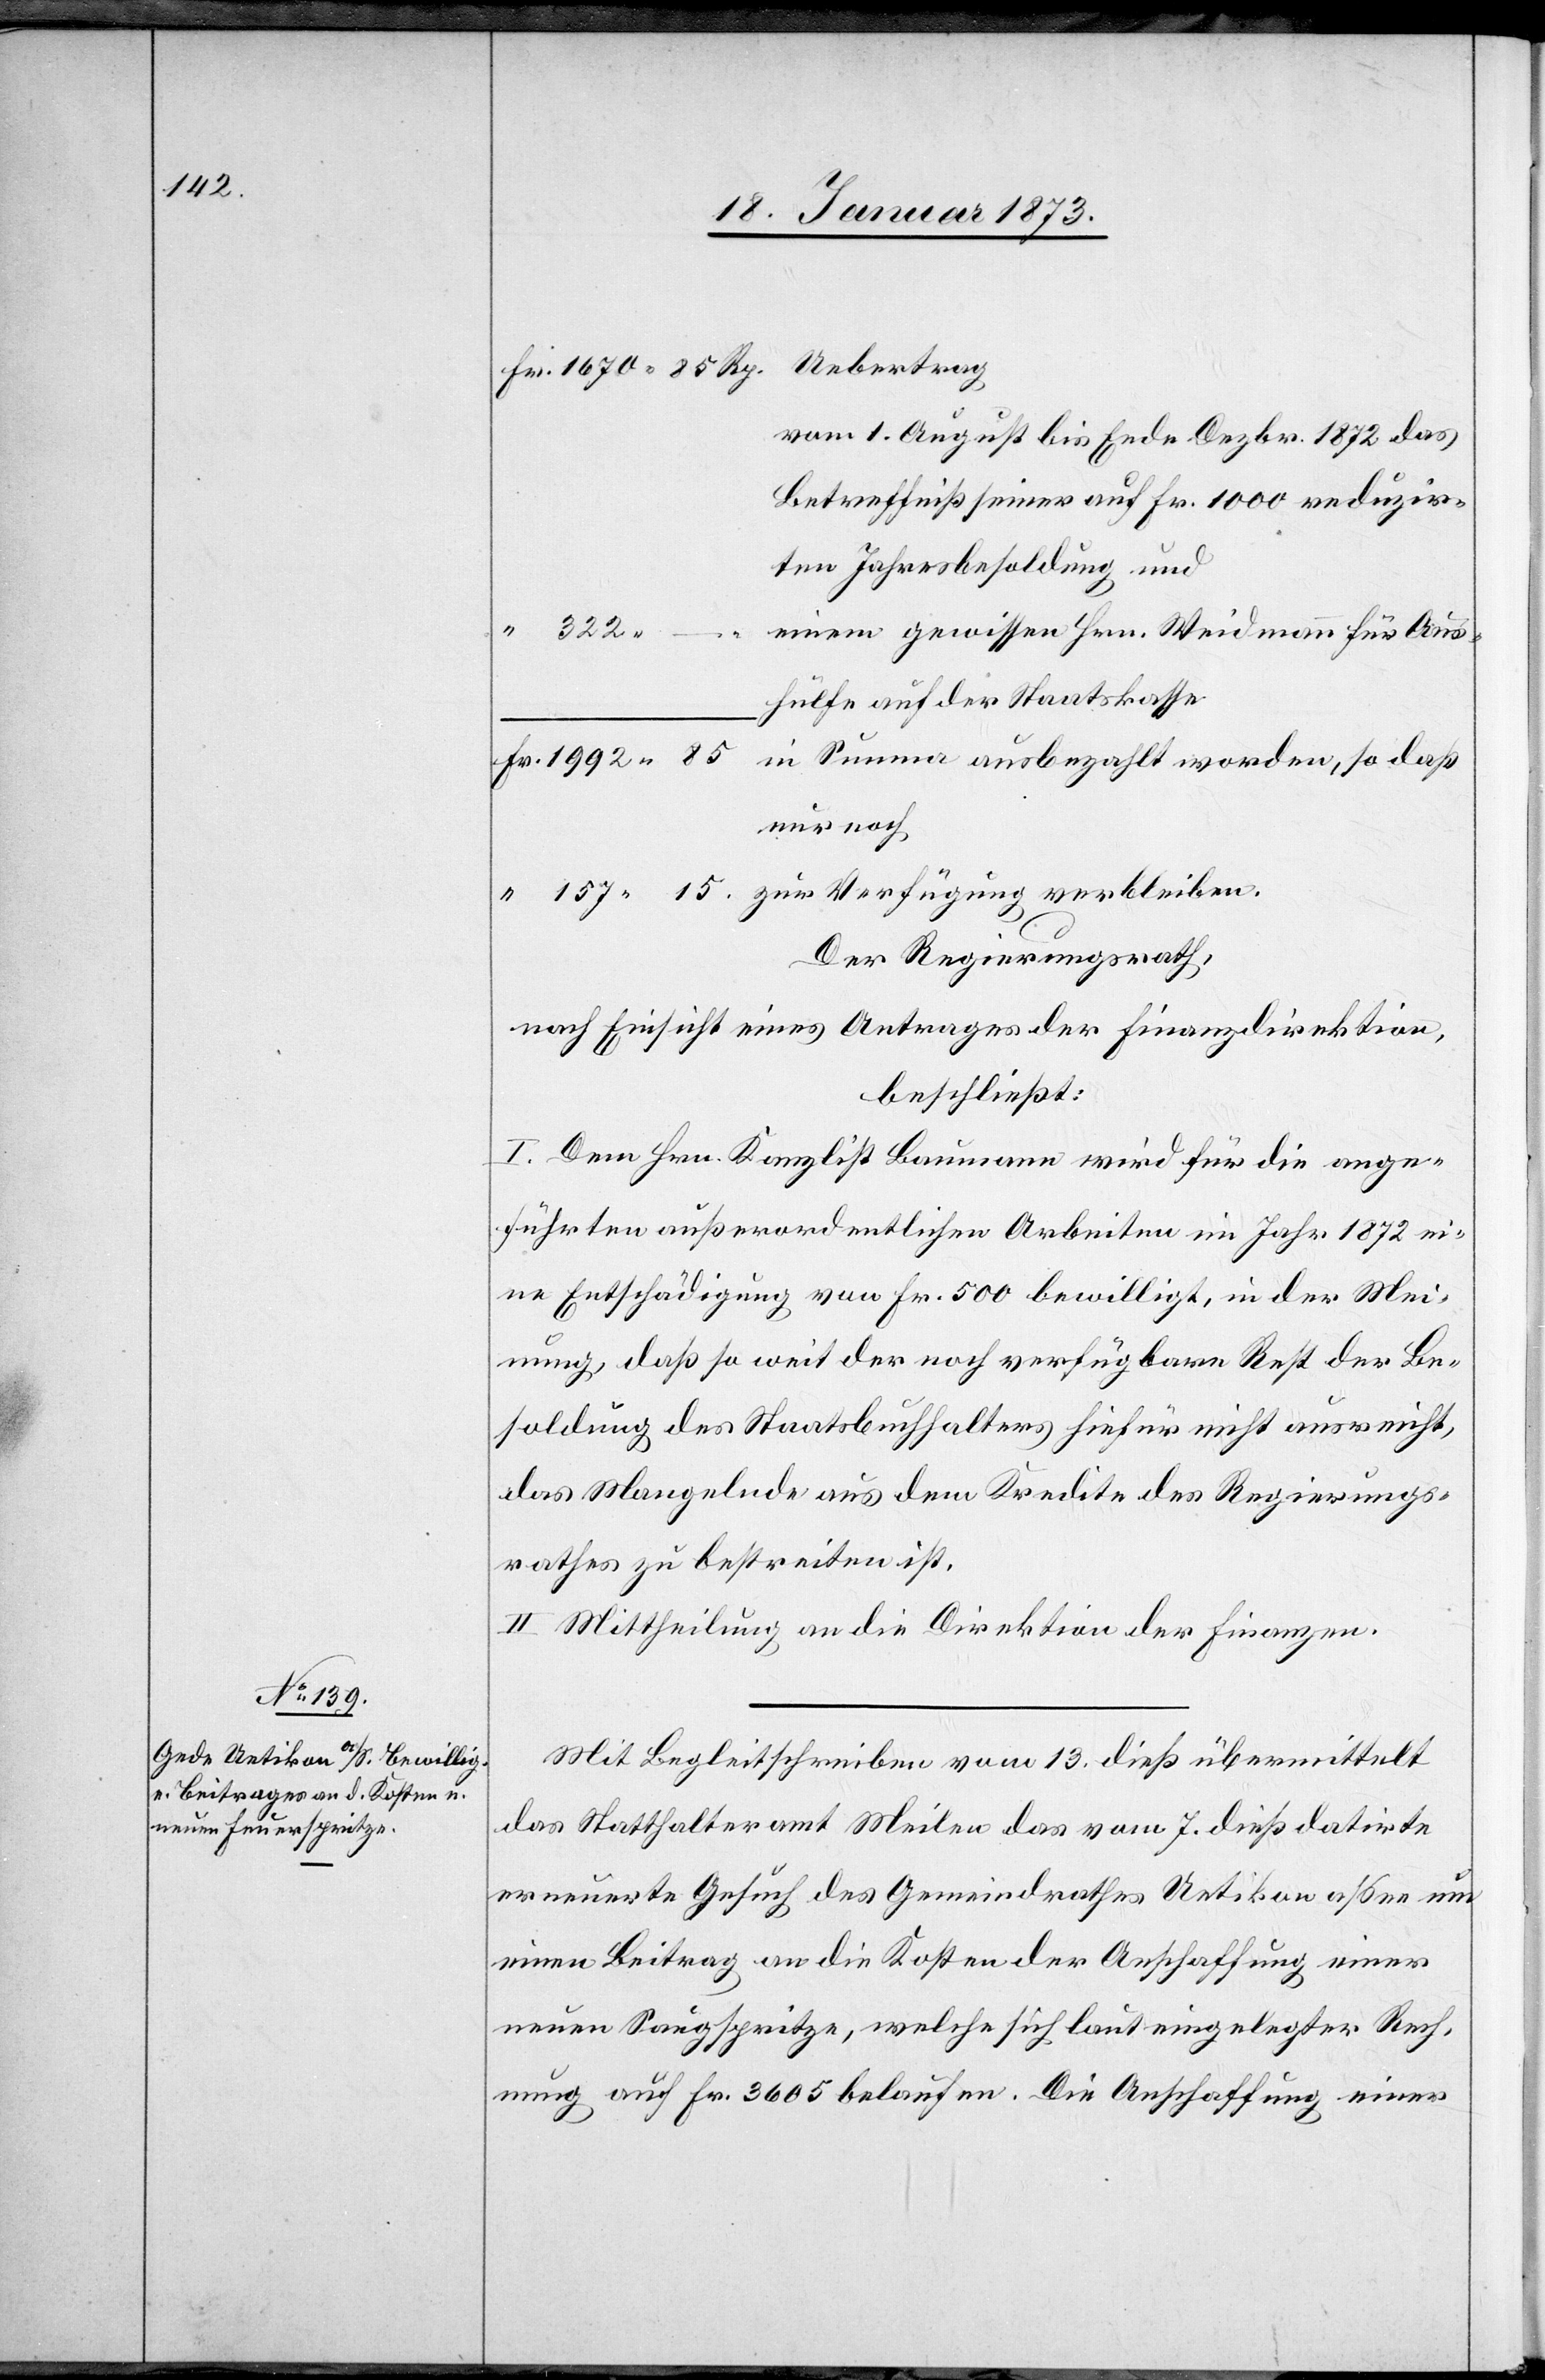
Fr. 1670. 85 Rp. Uebertrag
vom 1. August bis Ende Dezbr. 1872 das
Betreffniß seiner auf Fr. 1000 reduzirten
Jahresbesoldung und
“
322. –.	e¬
inem gewissen Hrn. Weidmann für
Aushülfe auf der Staatskasse
Fr. 1992. 85	in Summa ausbezahlt worden, so daß
nur noch
“ 157. 15.	zur Verfügung verbleiben.
Der Regierungsrath,
nach Einsicht eines Antrages der Finanzdirektion,
beschließt:
I. Dem Hrn. Kanzlist Baumann wird für die ange¬
führten außerordentlichen Arbeiten im Jahr 1872 ei¬
ne Entschädigung von Fr. 500 bewilligt, in der Mei¬
nung, daß so weit der noch verfügbare Rest der Be¬
soldung des Staatsbuchhalters hiefür nicht ausreicht,
das Mangelnde aus dem Kredite des Regierungs¬
rathes zu bestreiten ist.
II. Mittheilung an die Direktion der Finanzen.
Mit Begleitschreiben vom 13. dieß übermittelt
das Statthalteramt Meilen das vom 7. dieß datirte
erneuerte Gesuch des Gemeindrathes Uetikon a/See um
einen Beitrag an die Kosten der Anschaffung einer
neuen Saugspritze, welche sich laut eingelegter Rech¬
nung auf Fr. 3605 belaufen. Die Anschaffung einer